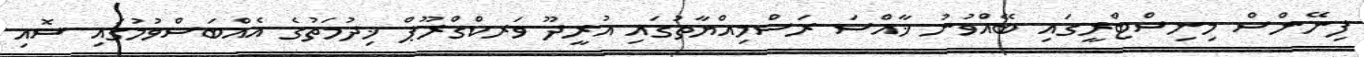
ފިނޭންސް މިނިސްޓްރީގައި ބޭއްވުނު ޚާއްސަ ރަސްމިއްޔާތުގައި އުރީދޫ ވަރކްގްރޫޕް ޚިދުމަތުގެ އެއްބަސްވުމުގައި ސޮއި